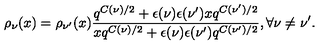
\rho _ { \nu } ( x ) = \rho _ { \nu ^ { \prime } } ( x ) \frac { q ^ { C ( \nu ) / 2 } + \epsilon ( \nu ) \epsilon ( \nu ^ { \prime } ) x q ^ { C ( \nu ^ { \prime } ) / 2 } } { x q ^ { C ( \nu ) / 2 } + \epsilon ( \nu ) \epsilon ( \nu ^ { \prime } ) q ^ { C ( \nu ^ { \prime } ) / 2 } } , \forall \nu \neq \nu ^ { \prime } .